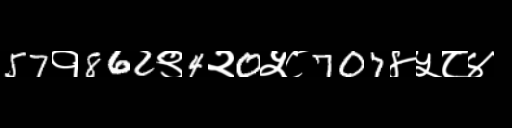
Text: 57१862९4२0५८707४५८४